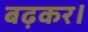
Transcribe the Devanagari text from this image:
बढ़कर।